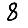
Digit: 8